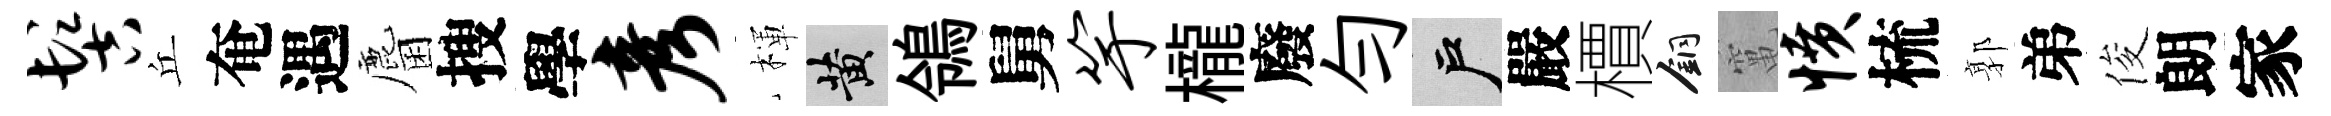
髻丘奄遇麕搜學彦楎黄鴒舅竽櫳廢匀户嚴檟銅𥧄愤梳郭弟俊朗家